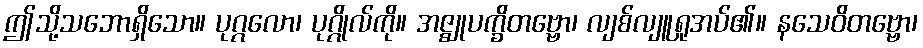
ဤသို့သဘောရှိသော။ ပုဂ္ဂလော၊ ပုဂ္ဂိုလ်ကို။ အဇ္ဈုပက္ခိတဗ္ဗော၊ လျစ်လျူရှုအပ်၏။ နသေဝိတဗ္ဗော၊